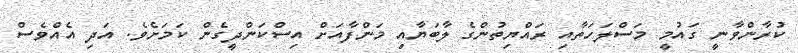
ކުރާންވާނީ ގައުމީ މަސްލަހަތާއި ރައްޔިތުންގެ ލާބަޔާއި މަންފާއަށް އިސްކަންދީގެން ކަމަށެވެ. އަދި އެއްވެސް